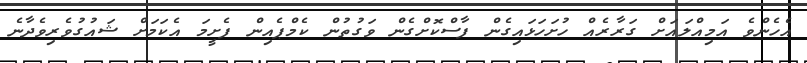
އެެހެންވެ އަމިއްލައަށް ގަރާރެއް ހުށަހަޅައިގެން ފާސްކޮށްގެން ވަގުތުން ކެމްޕެއިން ފެށީމަ އެކަމަށް ޝައުގުވެރިވެދާނެ